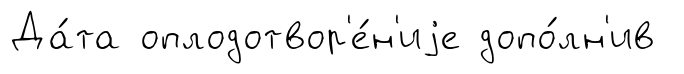
Да́та оплодотвор'е́н'иjе допо́лн'ив